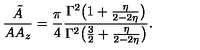
\frac { { \tilde { A } } } { A A _ { z } } = \frac { \pi } { 4 } \frac { \Gamma ^ { 2 } \big ( 1 + \frac { \eta } { 2 - 2 \eta } \big ) } { \Gamma ^ { 2 } \big ( \frac { 3 } { 2 } + \frac { \eta } { 2 - 2 \eta } \big ) } .